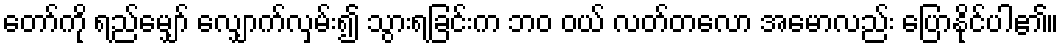
တော်ကို ရည်မျှော် လျှောက်လှမ်း၍ သွားရခြင်းက ဘဝ ဝယ် လတ်တလော အမောလည်း ပြောနိုင်ပါ၏။